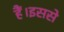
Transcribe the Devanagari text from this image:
हैं।इससे